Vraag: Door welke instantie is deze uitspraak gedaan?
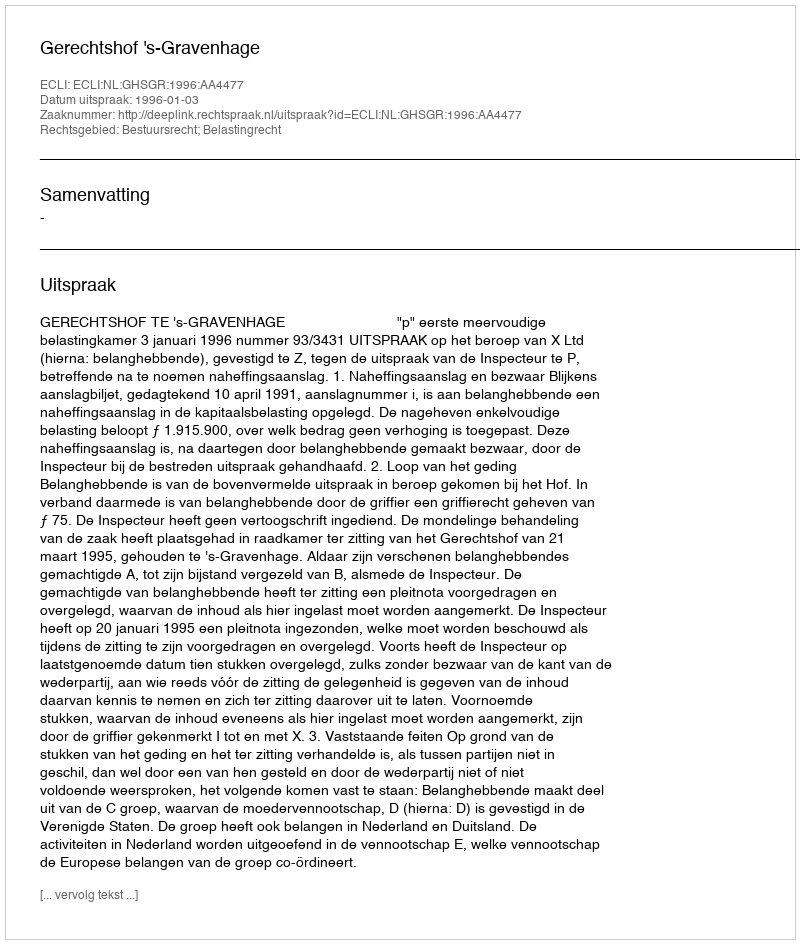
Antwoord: Gerechtshof 's-Gravenhage